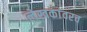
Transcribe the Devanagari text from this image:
लेखकांवरच